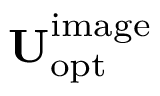
\mathbf { U } _ { \mathrm { o p t } } ^ { \mathrm { i m a g e } }